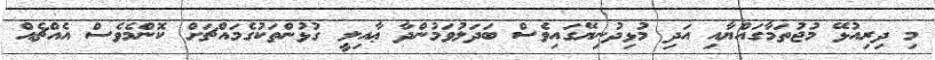
މި ދިރިއުޅޭ މުޖުތަމާގައްޔާއި އަދި މުޅިދުނިޔޭގައިވެސްް ބަދަލުވަމުންދާ ޢާއިލީ ގުޅުންތަކުގެމައްޗަށް ކޮންމެވެސް އެއްޗެއް